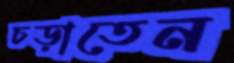
চড়াতেন